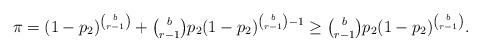
LaTeX: \begin{align*} \pi= (1-p_2)^{\binom{b}{r-1}} + \tbinom{b}{r-1}p_2(1-p_2)^{\binom{b}{r-1}-1} \ge \tbinom{b}{r-1}p_2(1-p_2)^{\binom{b}{r-1}}.\end{align*}